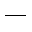
\_